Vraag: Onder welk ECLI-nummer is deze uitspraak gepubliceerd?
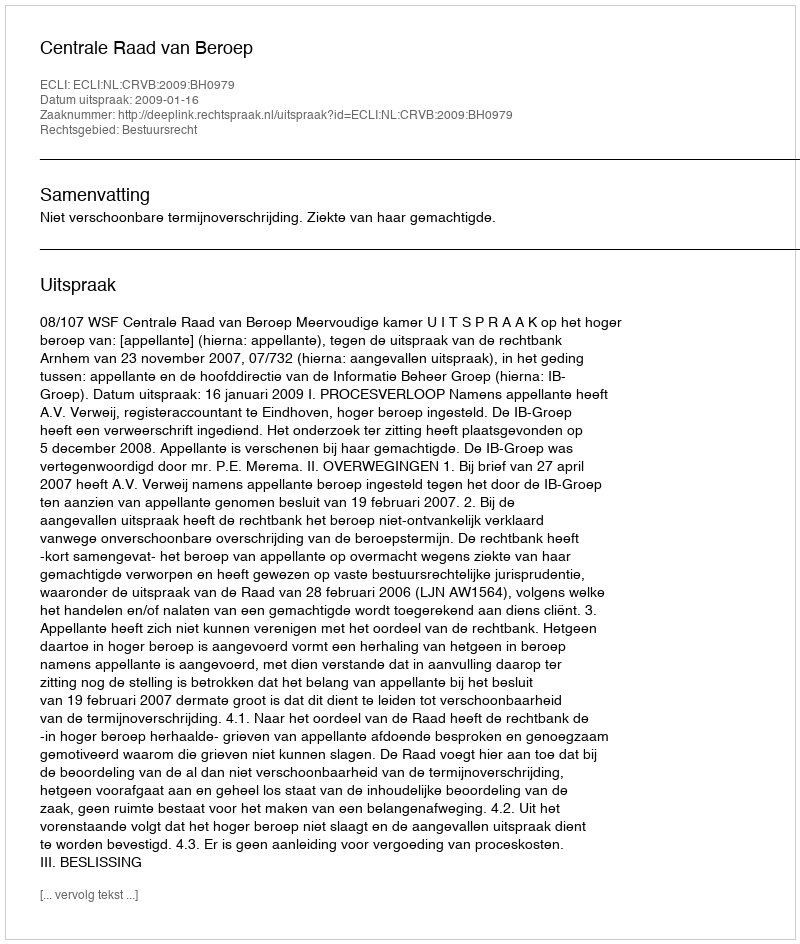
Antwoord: ECLI:NL:CRVB:2009:BH0979